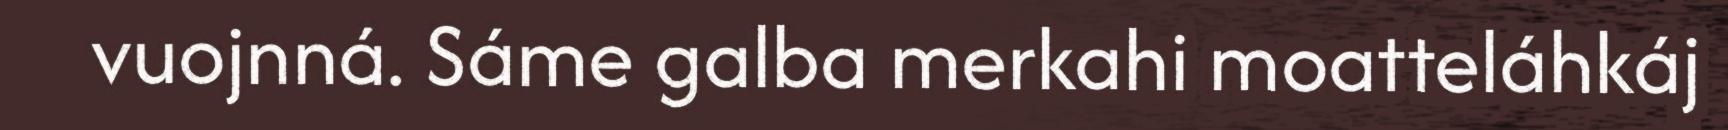
vuojnná. Sáme galba merkahi moatteláhkáj